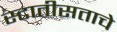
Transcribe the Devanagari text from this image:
स्टातीसताचे